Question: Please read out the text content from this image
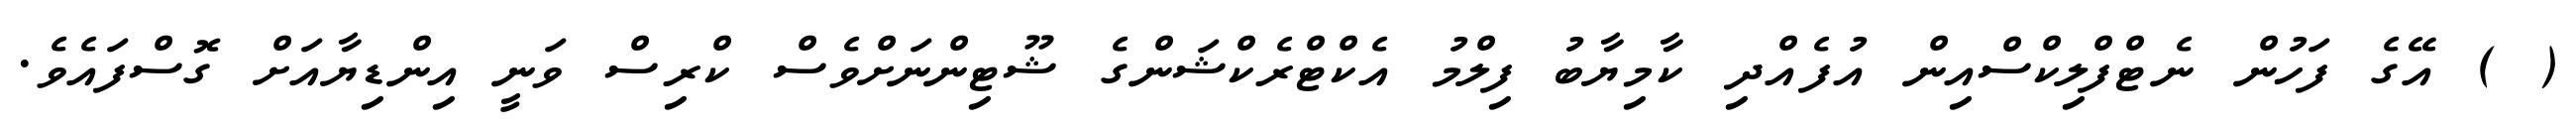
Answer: ( ) އޭގެ ފަހުން ނެޓްފްލިކްސްއިން އުފެއްދި ކާމިޔާބު ފިލްމު އެކްޓްރެކްޝަންގެ ޝޫޓިންނަށްވެސް ކްރިސް ވަނީ އިންޑިޔާއަށް ގޮސްފައެވެ.